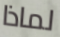
لماذا